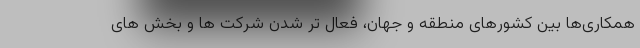
همکاری‌ها بین کشورهای منطقه و جهان، فعال تر شدن شرکت ها و بخش های